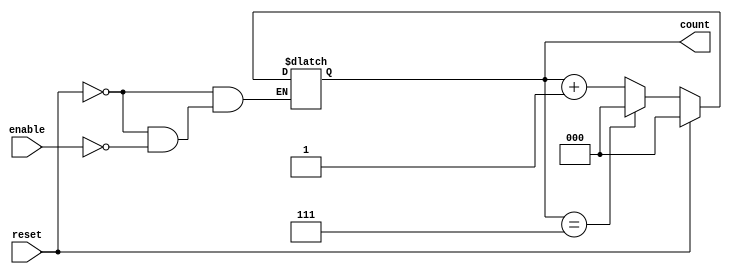
module mod_n_async_counter (
    input wire reset,        // Asynchronous reset
    input wire enable,       // Enable signal to increment the counter
    output reg [2:0] count   // 3-bit counter output for Mod-8
);

// Always block to handle asynchronous reset and counting
always @(*) begin
    if (reset) begin
        count = 3'b000; // Reset the counter to 0
    end else if (enable) begin
        // Increment the counter
        if (count == 3'b111) begin
            count = 3'b000; // Wrap around to 0 at 7
        end else begin
            count = count + 1; // Increment the counter
        end
    end
end

// Trigger the count on the falling edge of the LSB
always @(posedge count[0]) begin
    // The counter logic is handled above, this block can be used 
    // to trigger additional logic if needed on the counting event.
end

endmodule